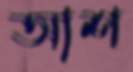
আশ